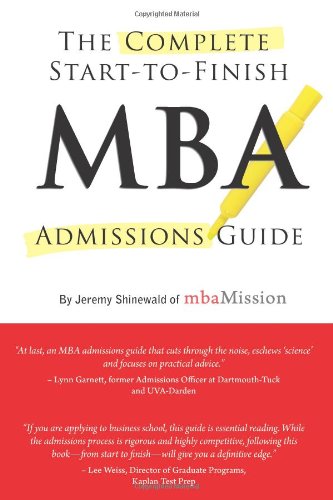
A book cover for Complete Start-to-Finish MBA Admissions Guide; Jeremy Shinewald; Education & Teaching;